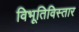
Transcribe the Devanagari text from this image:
विभूतिविस्तार